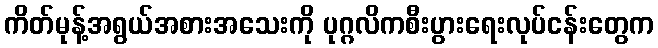
ကိတ်မုန့်အရွယ်အစားအသေးကို ပုဂ္ဂလိကစီးပွားရေးလုပ်ငန်းတွေက